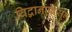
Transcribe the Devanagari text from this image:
विद्वानांपासून